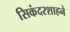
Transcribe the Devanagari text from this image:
सिकंदरशाहने